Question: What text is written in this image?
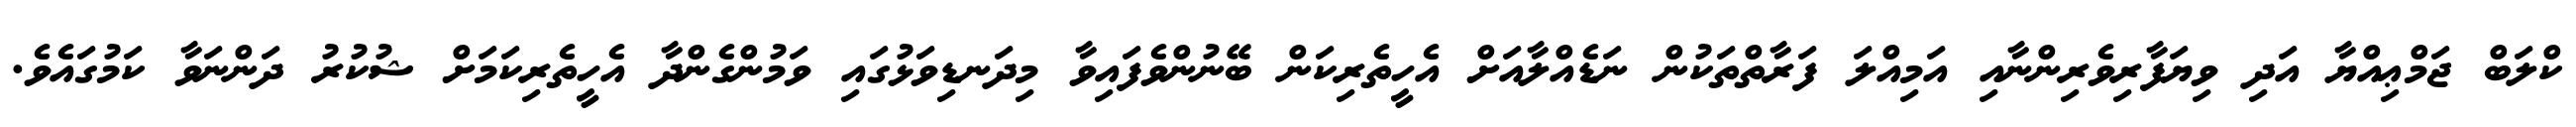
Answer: ކްލަބް ޖަމްޢިއްޔާ އަދި ވިޔަފާރިވެރިންނާއި އަމިއްލަ ފަރާތްތަކުން ނަޑެއްލާއަށް އެހީތެރިކަން ބޭނުންވެފައިވާ މިދަނޑިވަޅުގައި ވަމުންގެންދާ އެހީތެރިކަމަށް ޝުކުރު ދަންނަވާ ކަމުގައެވެ.